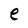
Character: e